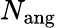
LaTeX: N_{\mathrm{ang}}